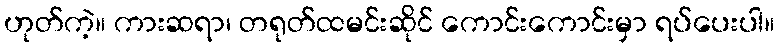
ဟုတ်ကဲ့။ ကားဆရာ၊ တရုတ်ထမင်းဆိုင် ကောင်းကောင်းမှာ ရပ်ပေးပါ။